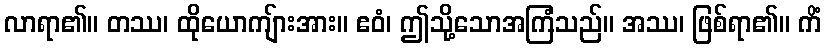
လာရာ၏။ တဿ၊ ထိုယောကျ်ားအား။ ဧဝံ၊ ဤသို့သောအကြံသည်။ အဿ၊ ဖြစ်ရာ၏။ ကိံ